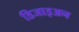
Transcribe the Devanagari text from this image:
डिजाइअन